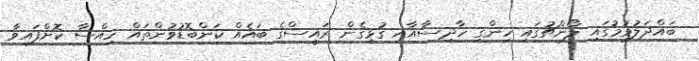
ބައްދަލުވުމުގައި ލޯންޗުގައި ހިންގި ހާދިސާއާއި ގުޅިގެން ރައީސްގެ ބައެއް ކަންބޮޑުވުންތައް ހިއްސާ ކޮށްފައިވާ